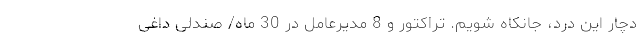
دچار این درد، جانکاه شویم. تراکتور و 8 مدیرعامل در 30 ماه/ صندلی داغی